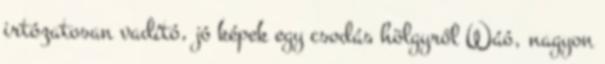
irtózatosan vadító, jó képek egy csodás hölgyről Wáó, nagyon